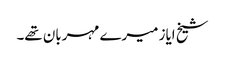
شیخ ایاز میرے مہربان تھے۔